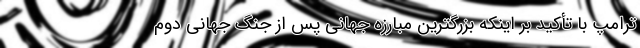
ترامپ با تأکید بر اینکه بزرگترین مبارزه جهانی پس از جنگ جهانی دوم